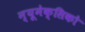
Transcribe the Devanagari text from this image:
न्यूमेक्सिको